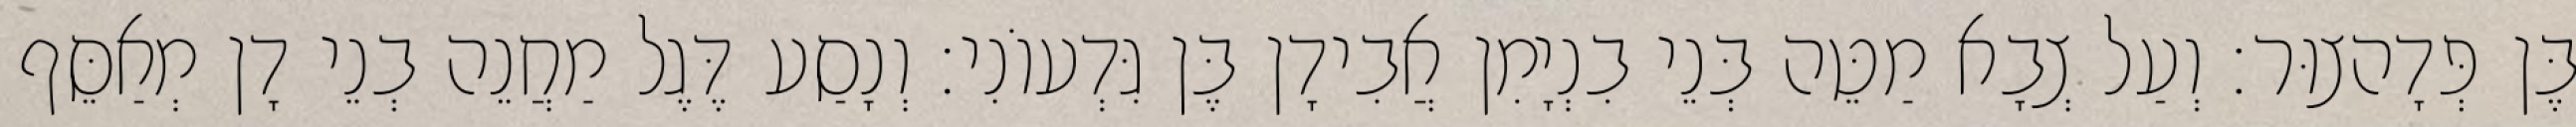
בֶּן פְּדָהצוּר׃ וְעַל צְבָא מַטֵּה בְּנֵי בִנְיָמִן אֲבִידָן בֶּן גִּדְעוֹנִי׃ וְנָסַע דֶּגֶל מַחֲנֵה בְנֵי דָן מְאַסֵּף